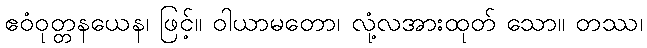
ဧဝံဝုတ္တနယေန၊ ဖြင့်။ ဝါယာမတော၊ လုံ့လအားထုတ် သော။ တဿ၊